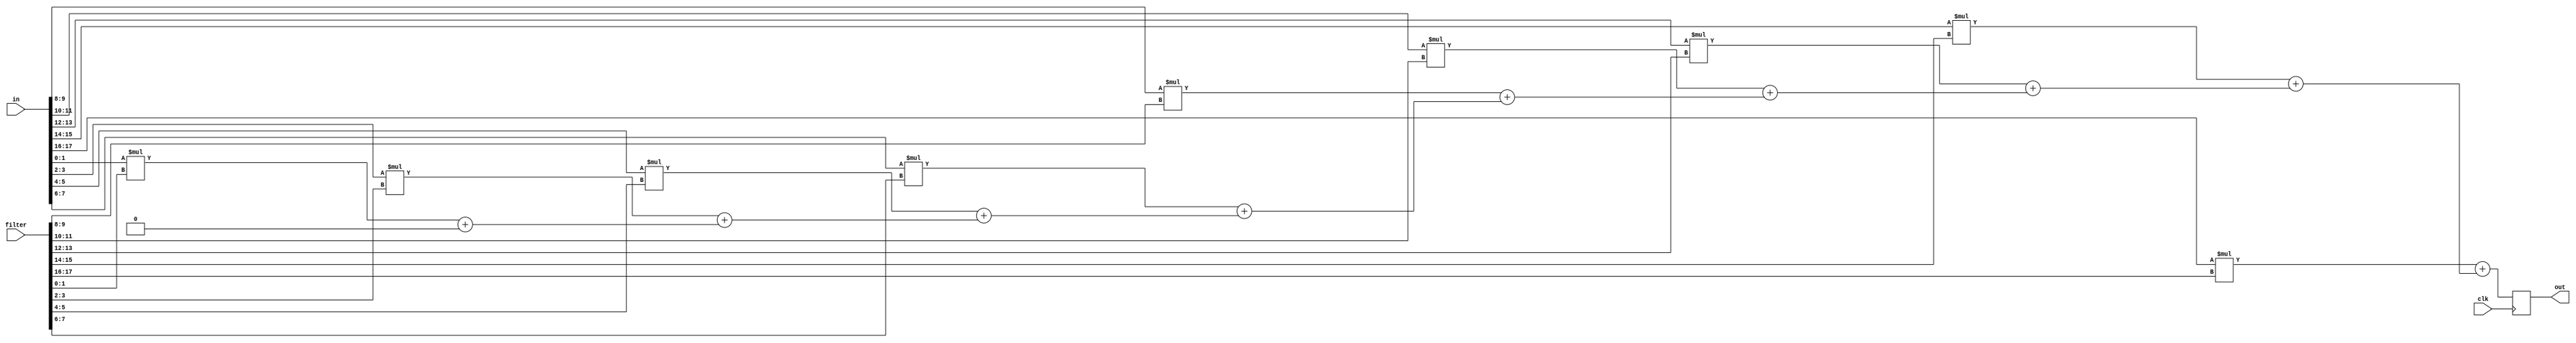
module mac_new(clk,in,filter,out);

input clk;
input [17:0]in;
input [17:0]filter;
output [1:0]out;
integer i;

reg [1:0]out1;

always@(posedge clk)begin
out1 = 0;
for(i=0;i<9;i=i+1)begin
	out1 = in[2*i +: 2]*filter[2*i +: 2] + out1;
end
end

assign out = out1;


endmodule